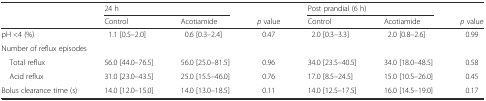
<table><thead><tr><td></td><td colspan="2"><b>24 h</b></td><td></td><td colspan="2"><b>Post prandial (6 h)</b></td><td></td></tr><tr><td></td><td><b>Control</b></td><td><b>Acotiamide</b></td><td><b><i>p</i> value</b></td><td><b>Control</b></td><td><b>Acotiamide</b></td><td><b><i>p</i> value</b></td></tr></thead><tbody><tr><td>pH &lt;4 (%)</td><td>1.1 [0.5–2.0]</td><td>0.6 [0.3–2.4]</td><td>0.47</td><td>2.0 [0.3–3.3]</td><td>2.0 [0.8–2.6]</td><td>0.99</td></tr><tr><td colspan="7">Number of reflux episodes</td></tr><tr><td> Total reflux</td><td>56.0 [44.0–76.5]</td><td>56.0 [25.0–81.5]</td><td>0.96</td><td>34.0 [23.5–40.5]</td><td>34.0 [18.0–48.5]</td><td>0.58</td></tr><tr><td> Acid reflux</td><td>31.0 [23.0–43.5]</td><td>25.0 [15.5–46.0]</td><td>0.76</td><td>17.0 [8.5–24.5]</td><td>15.0 [10.5–26.0]</td><td>0.45</td></tr><tr><td>Bolus clearance time (s)</td><td>14.0 [12.0–15.0]</td><td>14.0 [13.0–18.5]</td><td>0.11</td><td>14.0 [12.5–17.5]</td><td>16.0 [14.5–19.0]</td><td>0.17</td></tr></tbody></table>